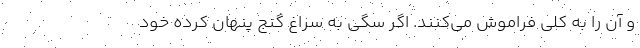
و آن را به کلی فراموش‌ می‌کنند. اگر سگی به سراغ گنج پنهان کرده خود